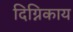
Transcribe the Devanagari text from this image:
दिग्निकाय